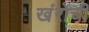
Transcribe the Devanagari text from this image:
खंरोची